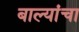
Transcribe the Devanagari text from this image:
बाल्यांचा